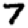
Digit: 7